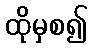
ထိုမှစ၍